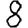
Digit: 8